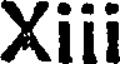
Xiii